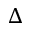
\Delta